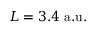
L = 3 . 4 ~ { \mathrm { a . u . } }